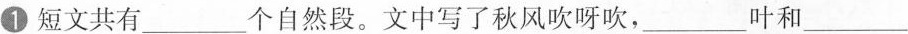
①短文共有___个自然段。文中写了秋风吹呀吹，___叶和___